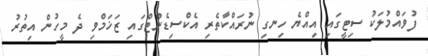
ފުވައްމުލަކު ސިޓީގައި އިއްޔެ ހިނގި ނުރައްކާތެރި އެކްސިޑެންޓްގައި ޒަޚަމްވި ދެ މީހުން އިތުރު